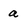
Character: a